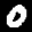
Label: 0